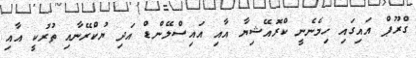
ގްރޫޕް އައިގައި ހިމެނެނީ ކްރޮއޭޝިޔާ އާއި އައިސްލޭންޑް އަދި ޔުކްރޭނާއި ތުރުކީ އާއި